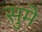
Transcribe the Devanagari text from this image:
सुमे